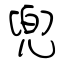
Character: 兜